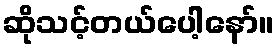
ဆိုသင့်တယ်ပေါ့နော်။